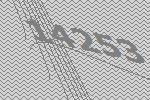
14253